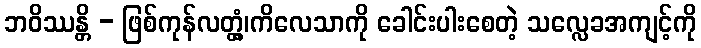
ဘဝိဿန္တိ - ဖြစ်ကုန်လတ္တံ့၊ကိလေသာကို ခေါင်းပါးစေတဲ့ သလ္လေခအကျင့်ကို